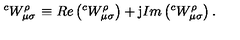
\left. ^ { c } W _ { \mu \sigma } ^ { \rho } \right. \equiv R e \left( ^ { c } W _ { \mu \sigma } ^ { \rho } \right) + \mathrm { j } I m \left( ^ { c } W _ { \mu \sigma } ^ { \rho } \right) .